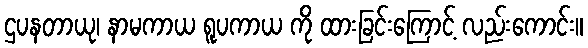
ဌပနတာယု၊ နာမကာယ ရူပကာယ ကို ထားခြင်းကြောင့် လည်းကောင်း။